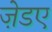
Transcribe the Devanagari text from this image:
ज़ेडए